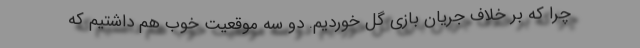
چرا که بر خلاف جریان بازی گل خوردیم. دو سه موقعیت خوب هم داشتیم که